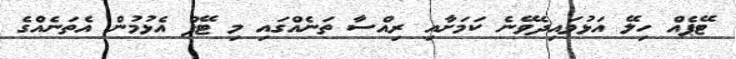
ޓޭޕެއް ހިލޭ އަޅުވައިދެވޭނެ ކަމަށާއި ރިއްސާ ތަނެއްގައި މި ޓޭޕް އެޅުމުން އެތަނެއްގެ